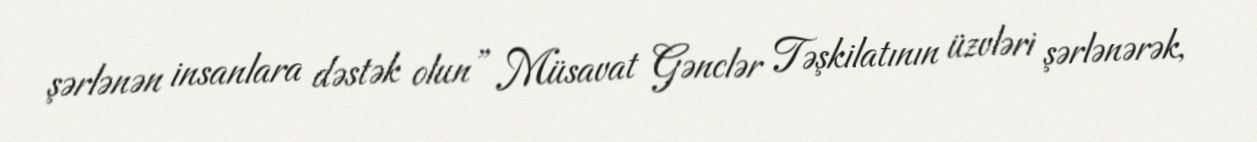
şərlənən insanlara dəstək olun” Müsavat Gənclər Təşkilatının üzvləri şərlənərək,